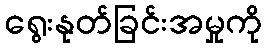
ရွေးနုတ်ခြင်းအမှုကို